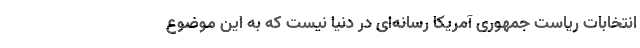
انتخابات ریاست جمهوری آمریکا رسانه‌ای در دنیا نیست که به این موضوع